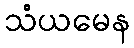
သံယမေန